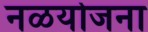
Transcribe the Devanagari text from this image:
नळयोजना